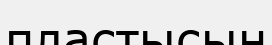
пластысын